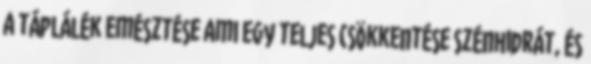
a táplálék emésztése ami egy teljes csökkentése szénhidrát, és